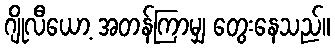
ဂျိုလီယော့ အတန်ကြာမျှ တွေးနေသည်။